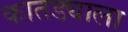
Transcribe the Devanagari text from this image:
कातड्याला